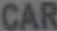
CAR